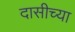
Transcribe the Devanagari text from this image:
दासीच्या